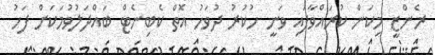
ރެންޒީ މިކަން ކުރައްވާފައި ވަނީ ހުކުރު ދުވަހު އޮތް ކެބިނެޓް ބައްދަލުވުމަކަށް ފަހު